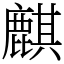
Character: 麒